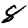
Digit: 8